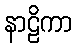
နာဠိကာ